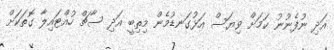
އަދި ނުފެނުނު ކަމަށް ވިޔަސް އަޅުގަނޑުމެން މިތިބީ އަދި ސާޗް ހުއްޓައިލާ ގޮތަކަށް